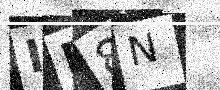
Text: ID8N